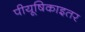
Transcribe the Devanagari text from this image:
पीयूषिकाइतर